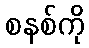
စနစ်ကို